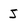
Character: J